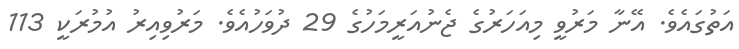
އަތުގައެވެ. އޭނާ މަރުވީ މިއަހަރުގެ ޖެނުއަރީމަހުގެ 29 ދުވަހުއެވެ. މަރުވިއިރު އުމުރަކީ 113